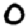
Digit: 0